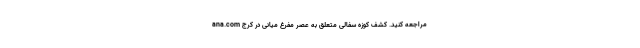
ana.com مراجعه کنید. کشف کوزه سفالی متعلق به عصر مفرغ میانی در کرج